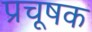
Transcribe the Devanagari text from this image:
प्रचूषक